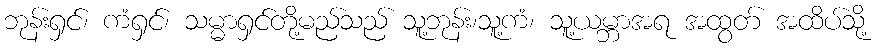
ဘုန်းရှင်၊ ကံရှင်၊ သမ္မာရှင်တို့မည်သည် သူ့ဘုန်း၊သူ့ကံ၊ သူ့ယမ္ဘာအရ အထွတ် အထိပ်သို့